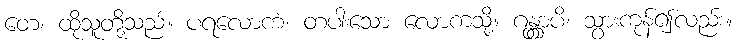
တေ၊ ထိုသူတို့သည်။ ပရလောကံ၊ တပါးသော လောကသို့။ ဂန္တွာပိ၊ သွားကုန်၍လည်း။